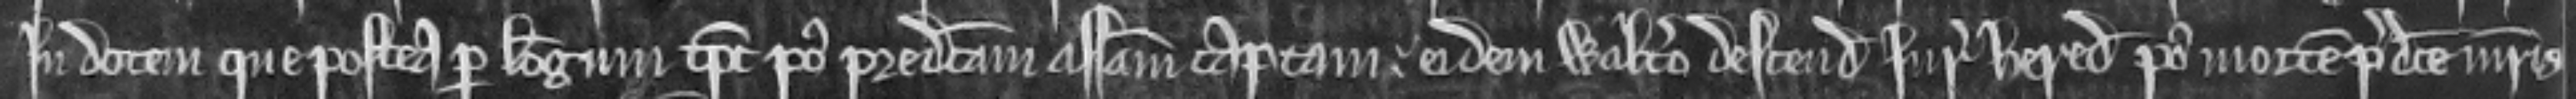
in dotem que postea per logum tempore post predictam assisam captam. eidem Waltero descendit jure hereditario post mortem predicte matris